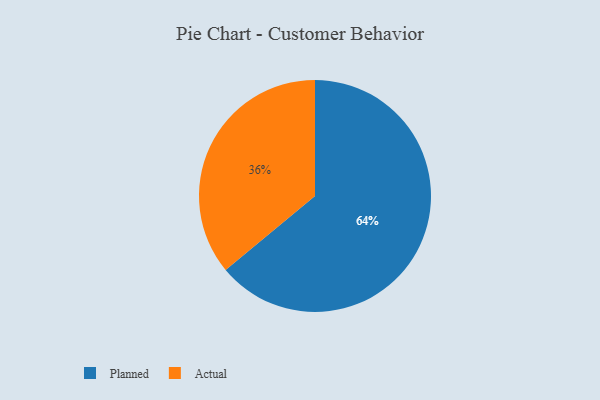
{"axis": {"x": "Category", "y": "Percentage"}, "legend": ["Actual", "Planned"], "data": [{"x": "Planned", "y": 64, "type": "Planned"}, {"x": "Actual", "y": 36, "type": "Actual"}]}